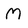
Character: M